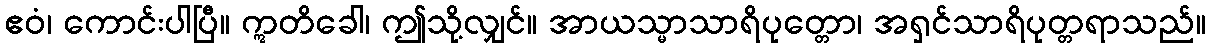
ဧဝံ၊ ကောင်းပါပြီ။ ဣတိခေါ၊ ဤသို့လျှင်။ အာယသ္မာသာရိပုတ္တော၊ အရှင်သာရိပုတ္တရာသည်။